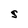
Character: S